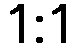
1:1